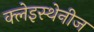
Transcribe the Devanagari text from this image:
क्लेइस्थेनीज